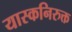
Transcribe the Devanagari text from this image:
यास्कनिरुक्त